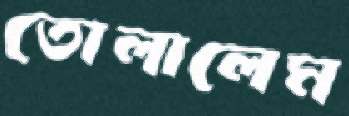
তোলালেম